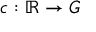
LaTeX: c : \mathbb { R } \rightarrow G